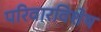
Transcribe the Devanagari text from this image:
परिवारविशेष